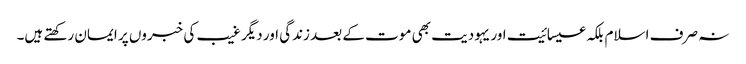
نہ صرف اسلام بلکہ عیسائیت اور یہودیت بھی موت کے بعد زندگی اور دیگر غیب کی خبروں پر ایمان رکھتے ہیں۔